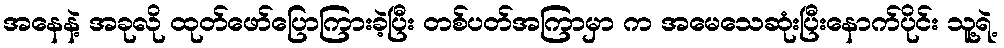
အနေနဲ့ အခုလို ထုတ်ဖော်ပြောကြားခဲ့ပြီး တစ်ပတ်အကြာမှာ က အမေသေဆုံးပြီးနောက်ပိုင်း သူ့ရဲ့